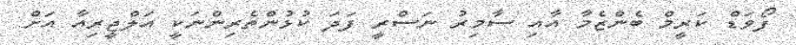
ފޯވަޑް ކަރީމް ބެންޒެމާ އާއި ސާމިރު ނަސްރީ ފަދަ ކުޅުންތެރިންނަކީ އަލްޖީރިއާ އަށް